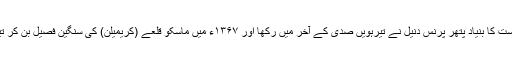
ماسکو ریاست کا بنیاد پتھر پرنس دنیل نے تیرہویں صدی کے آخر میں رکھا اور ۱۳۶۷ء میں ماسکو قلعے (کریمیلن) کی سنگین فصیل بن کر تیار ہو گئی۔